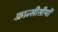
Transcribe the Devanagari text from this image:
फ़्रान्सीसीयों